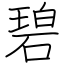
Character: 碧